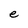
Character: e